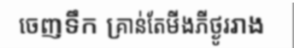
ចេញទឹក គ្រាន់តែមីងភីថ្ងូររាង